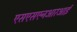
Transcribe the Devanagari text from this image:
एसएसएनआरआई